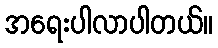
အရေးပါလာပါတယ်။